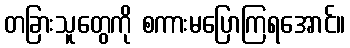
တခြားသူတွေကို စကားမပြောကြရအောင်။